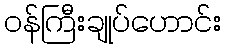
ဝန်ကြီးချုပ်ဟောင်း